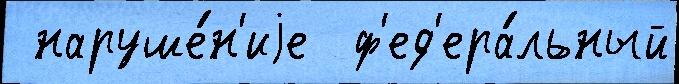
 наруше́н'иjе  ф'ед'ера́льный